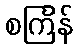
စင်္ကြန်